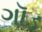
ગૉડ